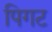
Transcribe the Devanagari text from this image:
पिगट